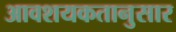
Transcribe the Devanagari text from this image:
आवशयकतानुसार